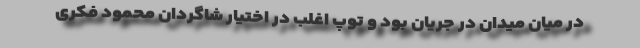
در میان میدان در جریان بود و توپ اغلب در اختیار شاگردان محمود فکری